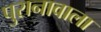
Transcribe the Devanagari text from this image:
पुरानावाला